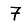
Digit: 7